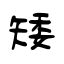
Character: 矮